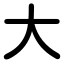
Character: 大